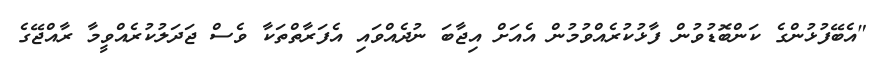
"އެބޭފުޅުންގެ ކަންބޮޑުވުން ފާޅުކުރެއްވުމުން އެއަށް އިޖާބަ ނުދެއްވައި އެފަރާތްތަކާ ވެސް ޖަދަލުކުރެއްވީމާ ރާއްޖޭގެ